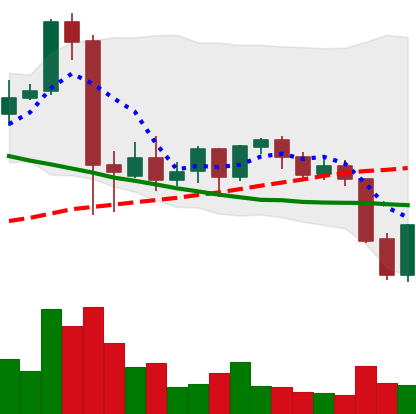
Ticker: NEO-USD
Chart end date: 2021-09-22
Forward return: -12.723%
Label: down_7plus